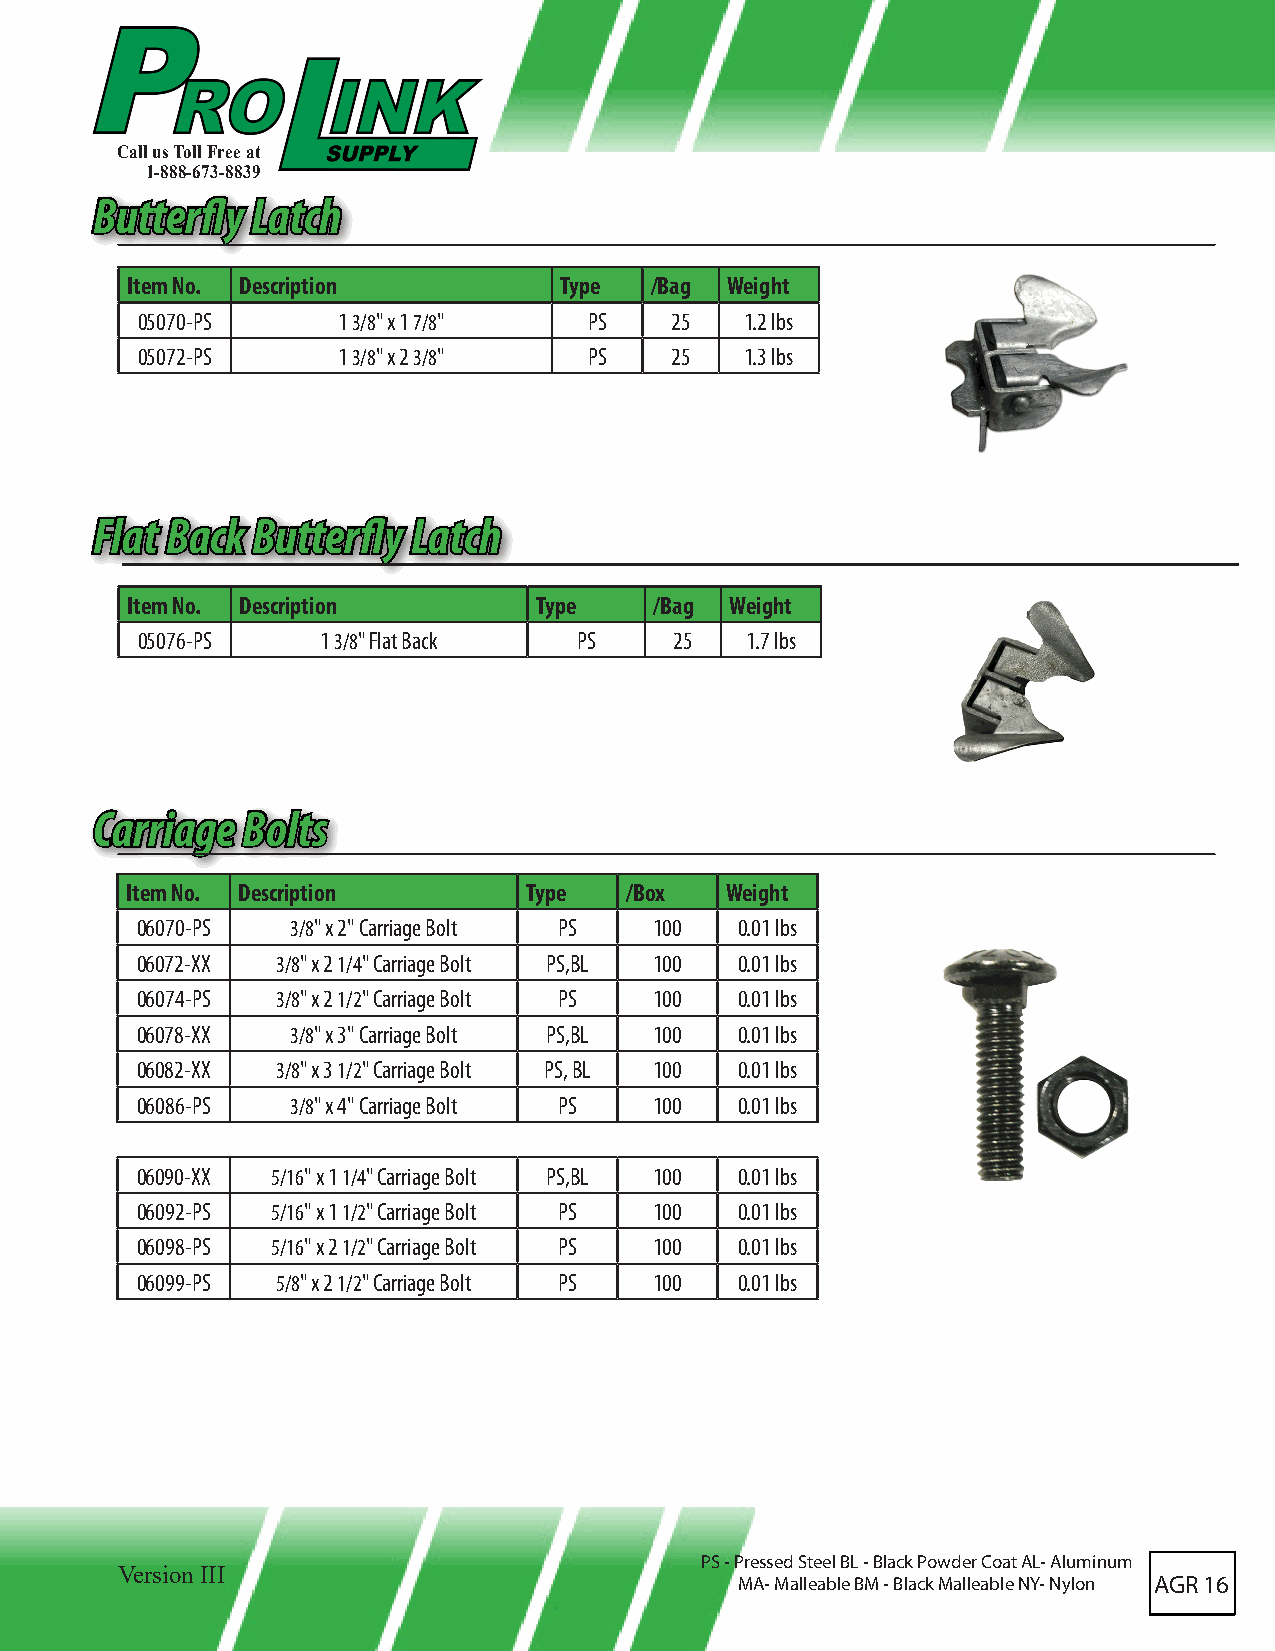
Call us Toll Free at
 1-888-673-8839
 BBuutttteerrflflyy LLaattcchh
 Item No. Description         Type  /Bag Weight
 05070-PS     1 3/8" x 1 7/8"  PS   25   1.2 lbs
 05072-PS     1 3/8" x 2 3/8"  PS   25   1.3 lbs
 FFllaatt BBaacckk BBuutttteerrflflyy LLaattcchh
 Item No. Description       Type    /Bag Weight
 05076-PS    1 3/8" Flat Back PS     25  1.7 lbs
 CCaarrrriiaaggee BBoollttss
 Item No. Description       Type  /Box   Weight
 06070-PS  3/8" x 2" Carriage Bolt PS 100 0.01 lbs
 06072-XX 3/8" x 2 1/4" Carriage Bolt PS,BL 100 0.01 lbs
 06074-PS 3/8" x 2 1/2" Carriage Bolt PS 100 0.01 lbs
 06078-XX  3/8" x 3" Carriage Bolt PS,BL 100 0.01 lbs
 06082-XX 3/8" x 3 1/2" Carriage Bolt PS, BL 100 0.01 lbs
 06086-PS  3/8" x 4" Carriage Bolt PS 100 0.01 lbs
 06090-XX 5/16" x 1 1/4" Carriage Bolt PS,BL 100 0.01 lbs
 06092-PS 5/16" x 1 1/2" Carriage Bolt PS 100 0.01 lbs
 06098-PS 5/16" x 2 1/2" Carriage Bolt PS 100 0.01 lbs
 06099-PS 5/8" x 2 1/2" Carriage Bolt PS 100 0.01 lbs
 PS - Pressed Steel BL - Black Powder Coat AL- Aluminum
 Version III
 MA- Malleable BM - Black Malleable NY- Nylon AGR 16